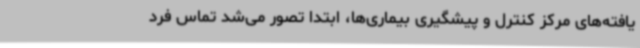
یافته‌های مرکز کنترل و پیشگیری بیماری‌ها، ابتدا تصور می‌شد تماس فرد